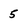
Character: 5